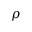
\rho